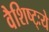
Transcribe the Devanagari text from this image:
वैशिष्ट्ःये